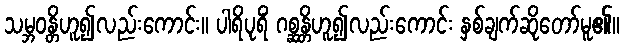
သမ္ဘဝန္တိဟူ၍လည်းကောင်း။ ပါရိပုရိံ ဂစ္ဆန္တိဟူ၍လည်းကောင်း နှစ်ချက်ဆိုတော်မူ၏။